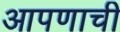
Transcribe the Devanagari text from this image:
आपणाची